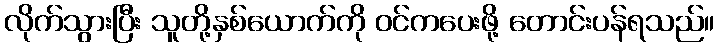
လိုက်သွားပြီး သူတို့နှစ်ယောက်ကို ဝင်ကပေးဖို့ တောင်းပန်ရသည်။